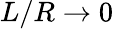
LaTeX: L/R\to 0